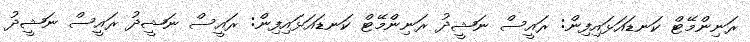
ރަނިންމޭޓް ކަނޑައަޅައިފިން: ރައީސް ނަޝީދު ރަނިންމޭޓް ކަނޑައަޅައިފިން: ރައީސް ނަޝީދު ރައީސް ނަޝީދު